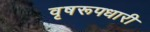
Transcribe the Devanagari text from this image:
वृषरूपधारी